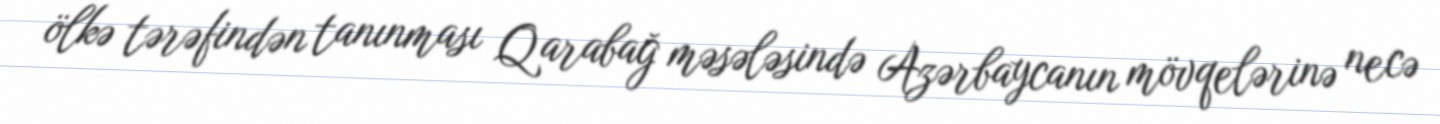
ölkə tərəfindən tanınması Qarabağ məsələsində Azərbaycanın mövqelərinə necə